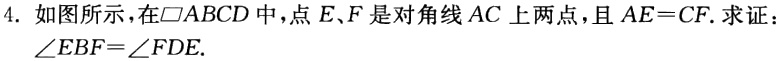
4. 如图所示，在$\square ABCD$中，点$E、F$是对角线$AC$上两点，且$AE = CF$. 求证：$\angle EBF=\angle FDE$.